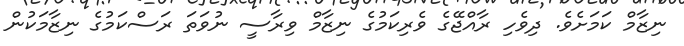
ނިޒާމް ކަމަށެވެ. ދިވެހި ރާއްޖޭގެ ވެރިކަމުގެ ނިޒާމް ވިރާސީ ނުވަތަ ރަސްކަމުގެ ނިޒާމަކުން